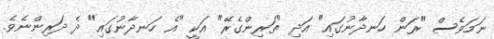
ނަމަވެސް "ރަން ހަނދާނުގައި" އަދި "ތަރިންގެރޭ" އަކީ "އެ ހަނދާނުގައި" ދެ ދަރިންނެވެ.